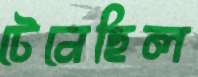
টেনেছিল